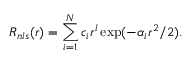
R _ { n l s } ( r ) = \sum _ { i = 1 } ^ { N } c _ { i } r ^ { l } \exp ( - \alpha _ { i } r ^ { 2 } / 2 ) .